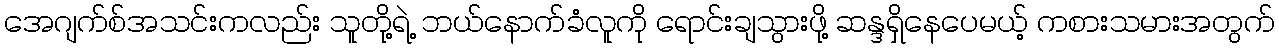
အေဂျက်စ်အသင်းကလည်း သူတို့ရဲ့ ဘယ်နောက်ခံလူကို ရောင်းချသွားဖို့ ဆန္ဒရှိနေပေမယ့် ကစားသမားအတွက်